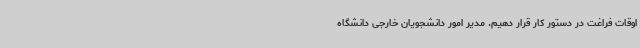
اوقات فراغت در دستور کار قرار دهیم. مدیر امور دانشجویان خارجی دانشگاه